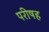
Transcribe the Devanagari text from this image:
परीषह